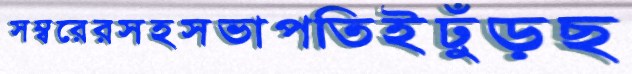
সম্বরেরসহসভাপতিইঢুঁড়ছ